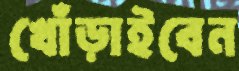
খোঁড়াইবেন